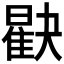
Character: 𪱖